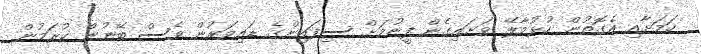
ކަމަށާއި އެގޮތުން ހުޅުމާލޭ ވަށައިގެން ފީނުމަށް ސިފައިންގެ ޑައިވަރުން ވެސް ބޭނުން ކުރަމުން